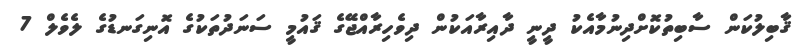
ޤާބިލުކަން ސާބިތުކޮށްދިނުމާއެކު ދީނީ ދާއިރާއަކުން ދިވެހިރާއްޖޭގެ ޤައުމީ ސަނަދުތަކުގެ އޮނިގަނޑުގެ ލެވެލް 7